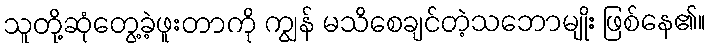
သူတို့ဆုံတွေ့ခဲ့ဖူးတာကို ကျွန် မသိစေချင်တဲ့သဘောမျိုး ဖြစ်နေ၏။